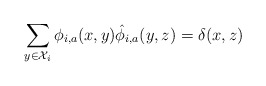
\begin{align*}\sum_{y\in\mathcal{X}_i} \phi_{i,a}(x, y)\hat{\phi}_{i,a}(y, z) = \delta(x,z)\end{align*}